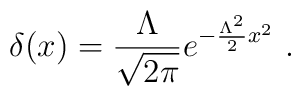
\delta (x) = \frac{\Lambda }{\sqrt{2 \pi}} e^{-\frac{\Lambda^2 }{2} x^2 } \ .